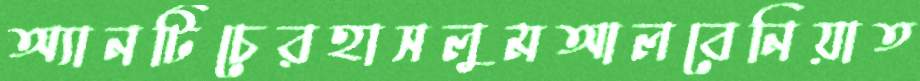
অ্যানটিচেরহাসলুমআলবেনিয়াত